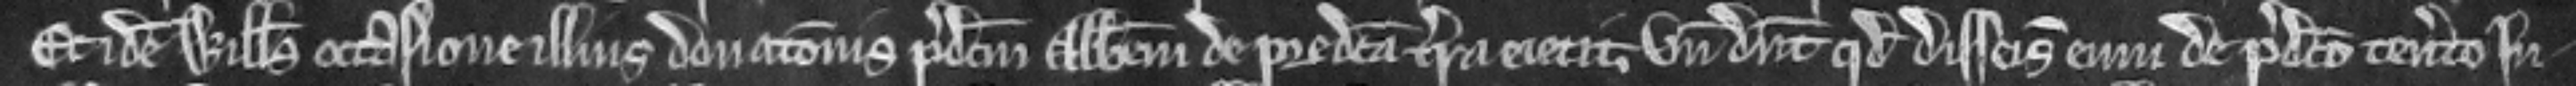
Et idem Willelmus occasione illius donationis predictum Abbatem de predicta terra eiecit. Vnde dicunt quod disseisivit eum de predicto tenamento In